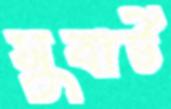
সুবার্ট